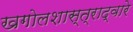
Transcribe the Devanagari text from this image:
खगोलशास्त्राद्वारे